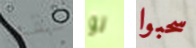
لقد لو سحبوا